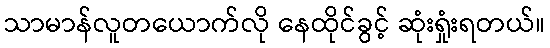
သာမာန်လူတယောက်လို နေထိုင်ခွင့် ဆုံးရှုံးရတယ်။